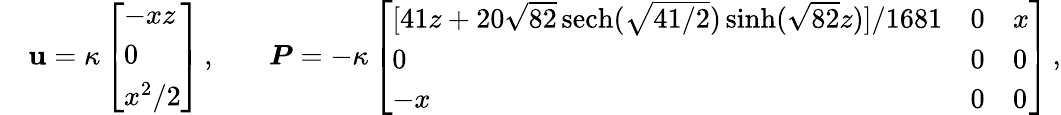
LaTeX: \begin{array}{rlrl}&{\mathbf{u}=\kappa\left[\begin{array}{l}{-xz}\\ {0}\\ {x^{2}/2}\end{array}\right]\, ,}&&{\boldsymbol{P}=-\kappa\left[\begin{array}{lll}{[41z+20\sqrt{82}\, \mathrm{sech}(\sqrt{41/2})\sinh(\sqrt{82}z)]/1681}&{0}&{x}\\ {0}&{0}&{0}\\ {-x}&{0}&{0}\end{array}\right]\, ,}\end{array}